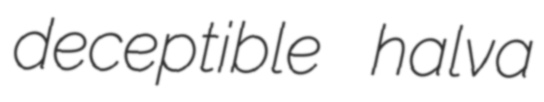
deceptible halva